65_HS1-834228961_62-HQ-83894_Section_10
Agency: FBI
Page 137
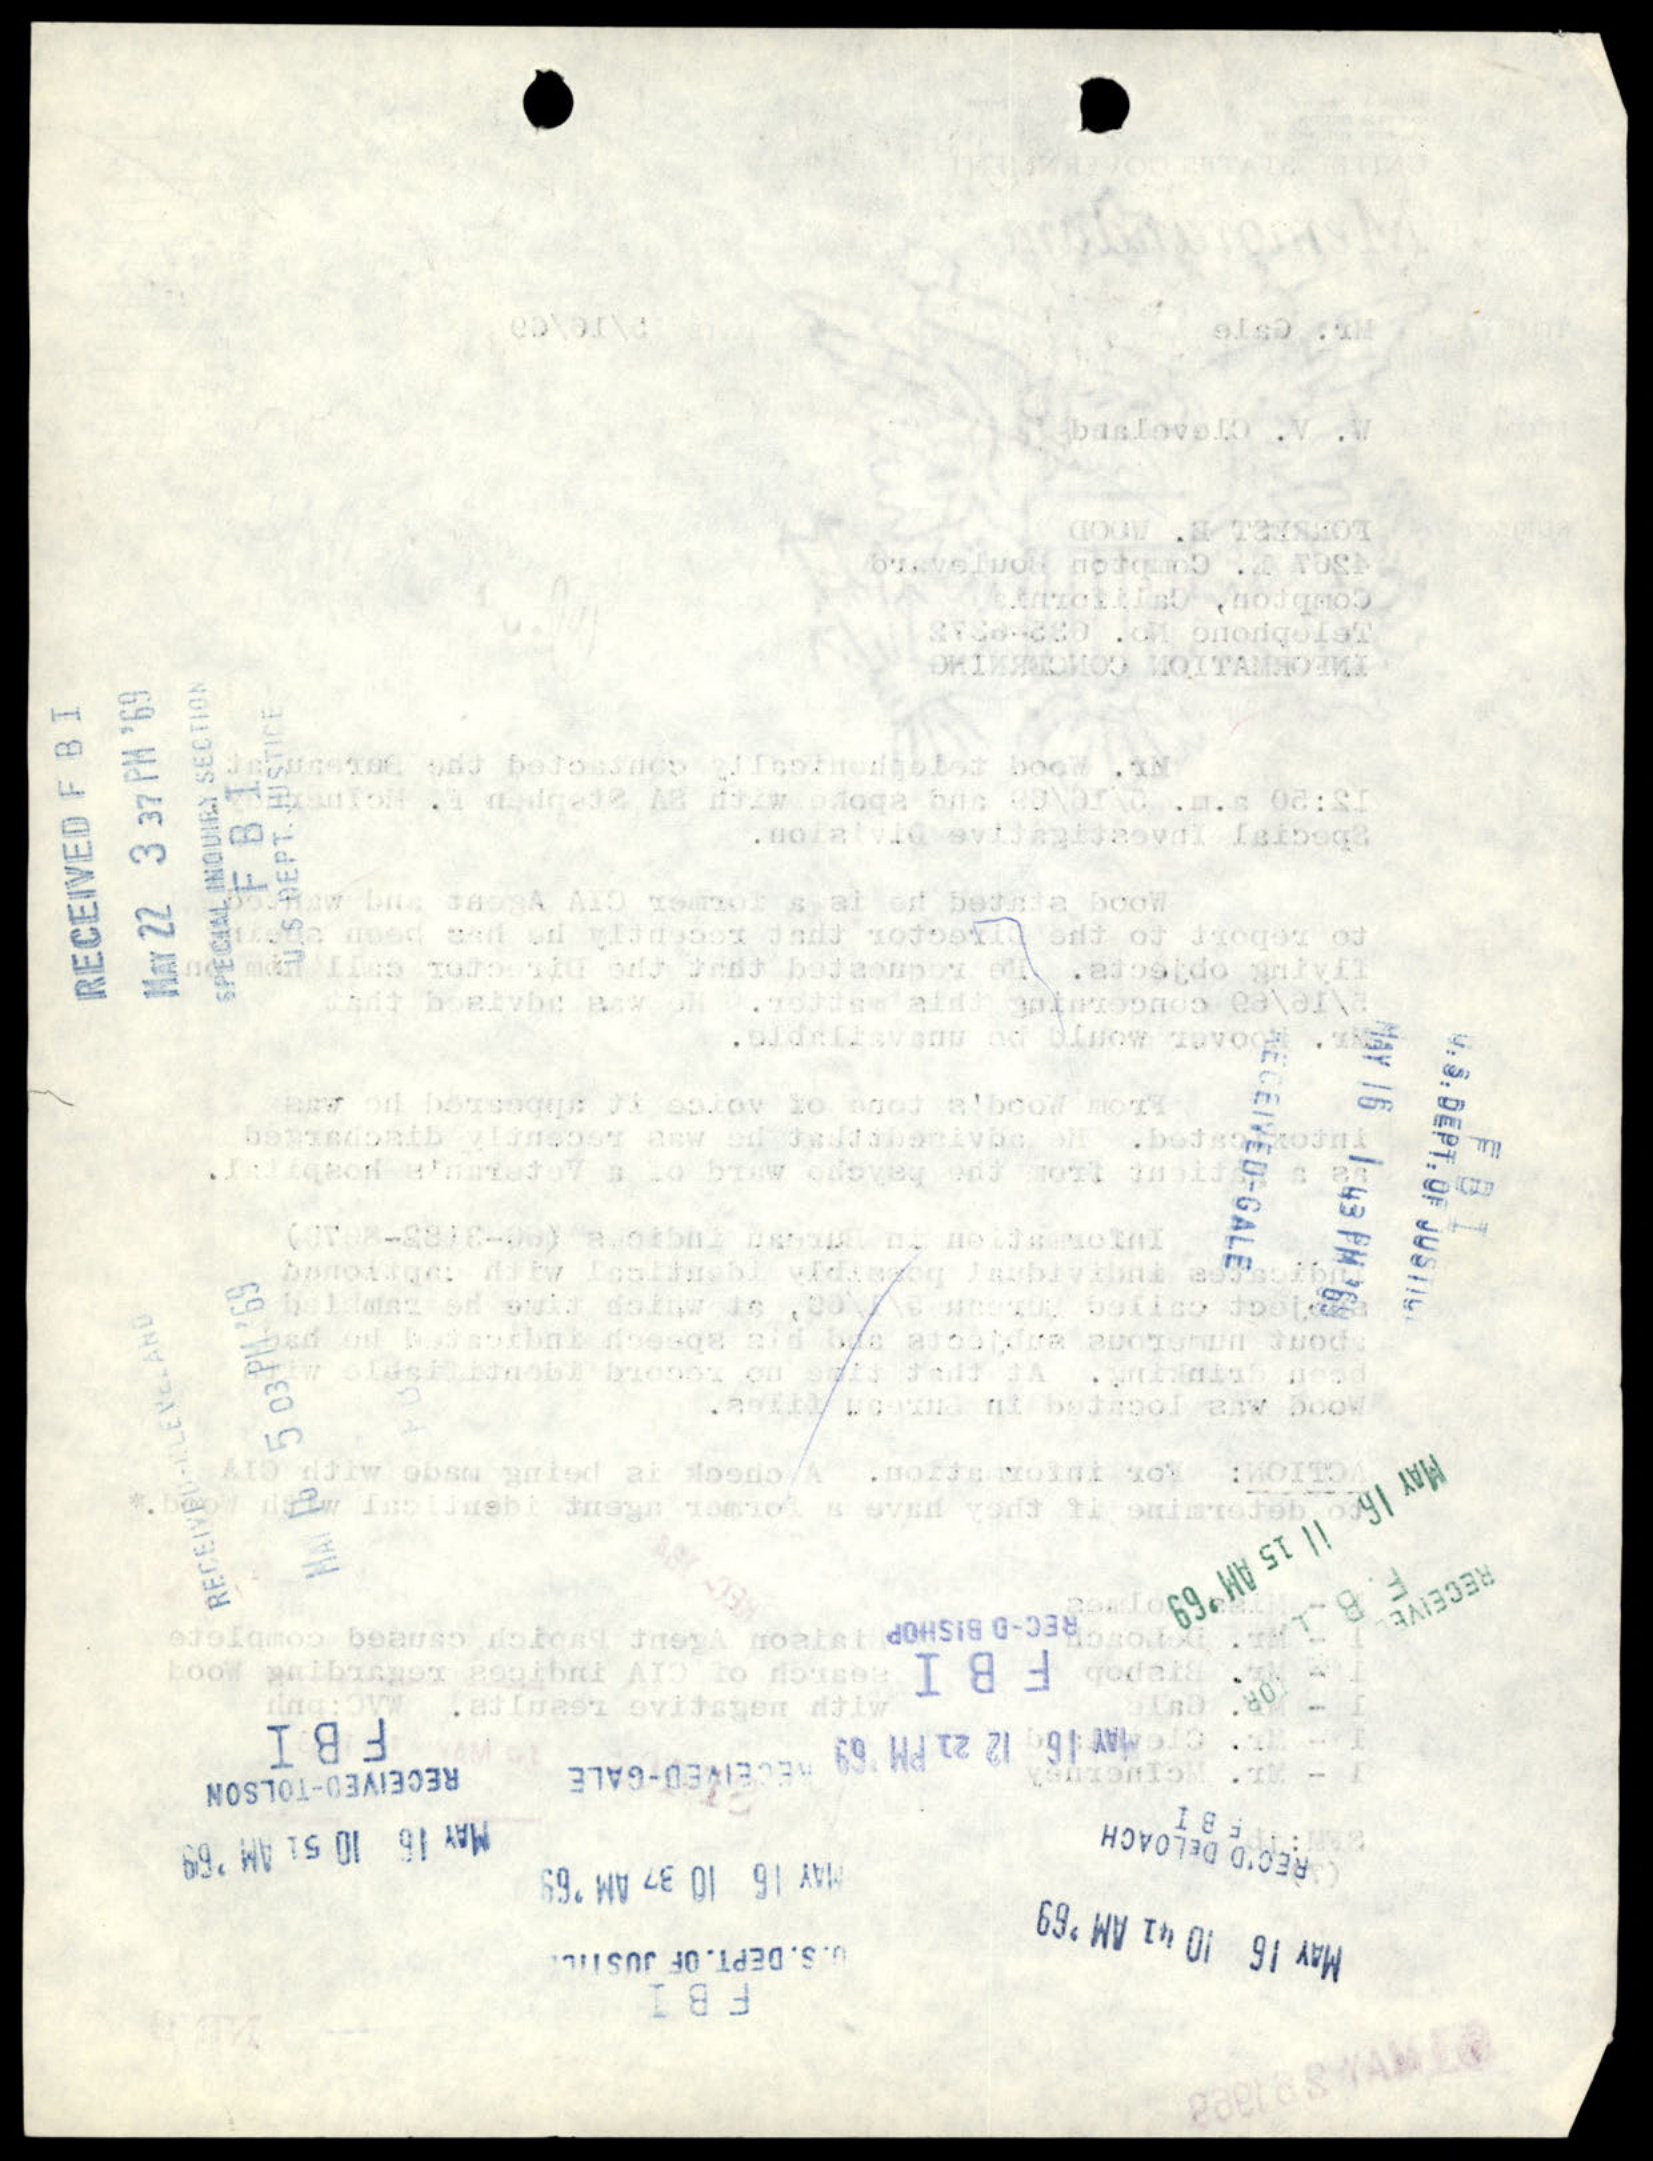